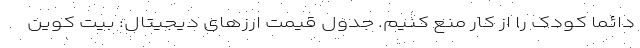
دائما کودک را از کار منع کنیم. جدول قیمت ارزهای دیجیتال: بیت کوین